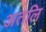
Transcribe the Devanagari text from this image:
अतलि